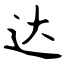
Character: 达